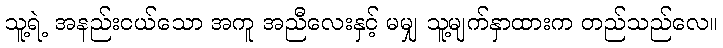
သူ့ရဲ့ အနည်းငယ်သော အကူ အညီလေးနှင့် မမျှ သူ့မျက်နှာထားက တည်သည်လေ။